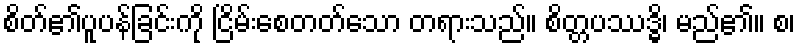
စိတ်၏ပူပန်ခြင်းကို ငြိမ်းစေတတ်သော တရားသည်။ စိတ္တပဿဒ္ဓိ၊ မည်၏။ စ၊